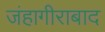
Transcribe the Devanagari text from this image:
जंहागीराबाद